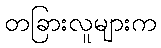
တခြားလူများက